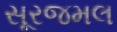
સૂરજમલ